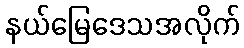
နယ်မြေဒေသအလိုက်